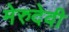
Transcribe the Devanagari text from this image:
मेरुदेवी